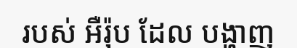
របស់ អឺរ៉ុប ដែល បង្ហាញ